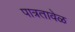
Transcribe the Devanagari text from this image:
पात्रतावेळ